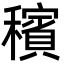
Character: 穦